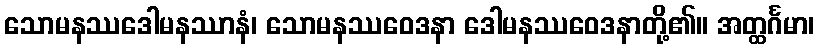
သောမနဿဒေါမနဿာနံ၊ သောမနဿဝေဒနာ ဒေါမနဿဝေဒနာတို့၏။ အတ္ထင်္ဂမာ၊